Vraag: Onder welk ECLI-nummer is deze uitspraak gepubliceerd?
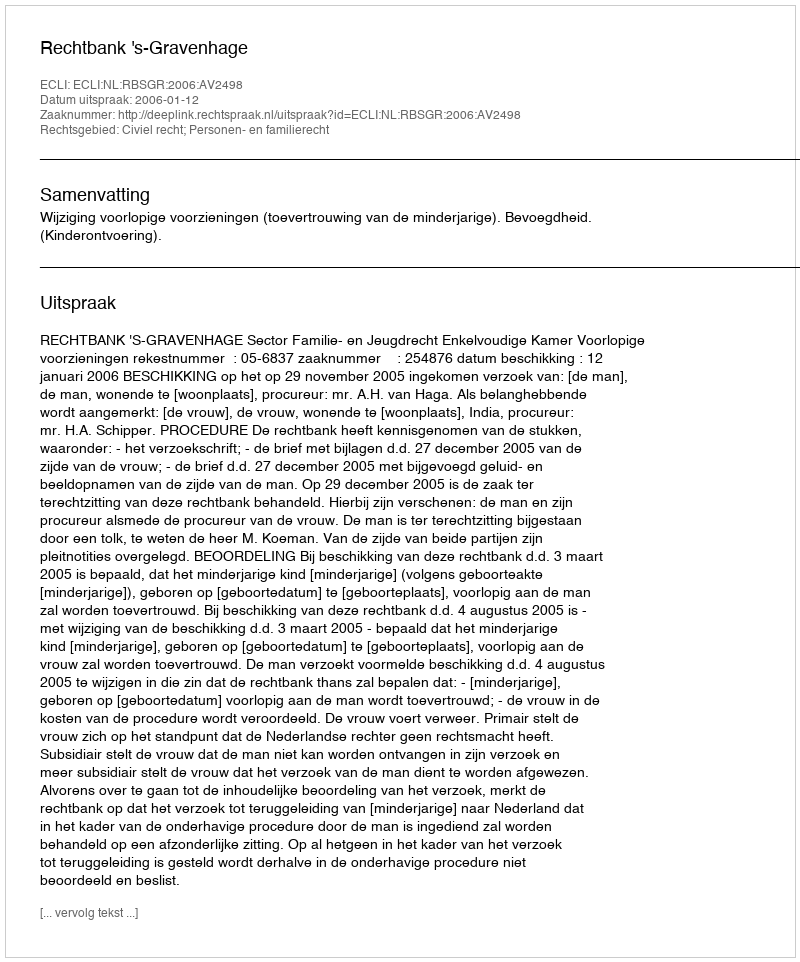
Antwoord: ECLI:NL:RBSGR:2006:AV2498